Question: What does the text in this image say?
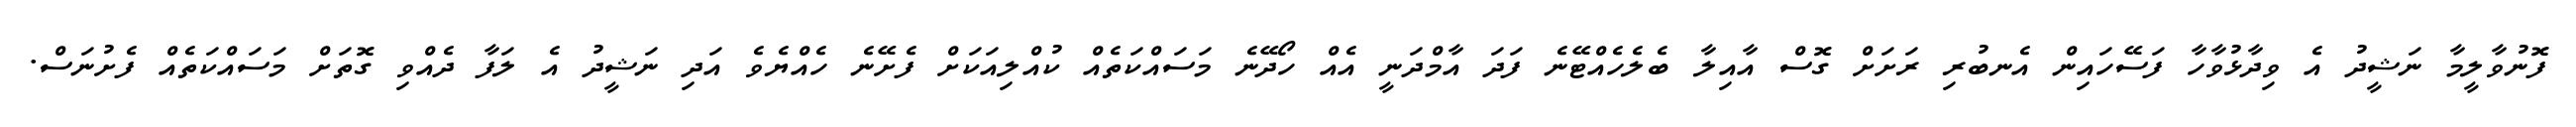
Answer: ފޮނުވާލީމާ ނަޝީދު އެ ވިދާޅުވާހާ ފަސޭހައިން އެނބުރި ރަށަށް ގޮސް އާއިލާ ބެލެހެއްޓޭނެ ފަދަ އާމްދަނީ އެއް ހޯދޭނެ މަސައްކަތެއް ކުއްލިއަކަށް ފެށޭނެ ހެއްޔެވެ އަދި ނަޝީދު އެ ލަފާ ދެއްވި ގޮތަށް މަސައްކަތެއް ފެށުނަސް.